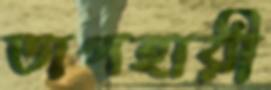
তাপহারী